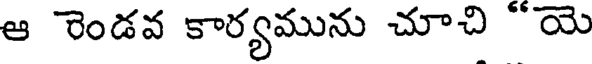
ఆ రెండవ కార్యమును చూచి "యె